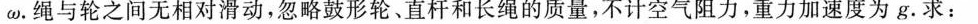
\omega。绳与轮之间无相对滑动，忽略鼓形轮、直杆和长绳的质量，不计空气阻力，重力加速度为g。求：